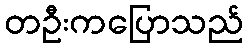
တဦးကပြောသည်